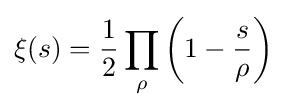
\xi (s)={\frac {1}{2}}\prod _{\rho }\left(1-{\frac {s}{\rho }}\right)